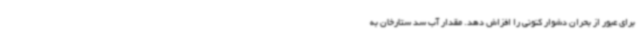
برای عبور از بحران دشوار کنونی را افزاش دهد. مقدار آب سد ستارخان به